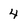
Character: 4